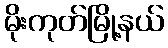
မိုးကုတ်မြို့နယ်